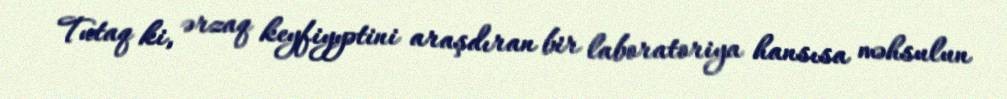
Tutaq ki, ərzaq keyfiyyətini araşdıran bir laboratoriya hansısa məhsulun